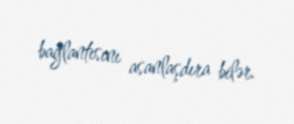
bağlantısını asanlaşdıra bilər.